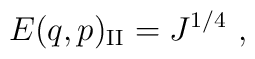
E(q,p)_{\rm {II}} = J^{1/4} \ ,